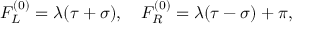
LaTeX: F _ { L } ^ { ( 0 ) } = \lambda ( \tau + \sigma ) , ~ ~ ~ F _ { R } ^ { ( 0 ) } = \lambda ( \tau - \sigma ) + \pi ,